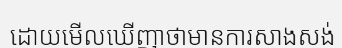
ដោយមើលឃើញាថាមានការសាងសង់